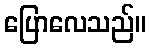
ပြောလေသည်။